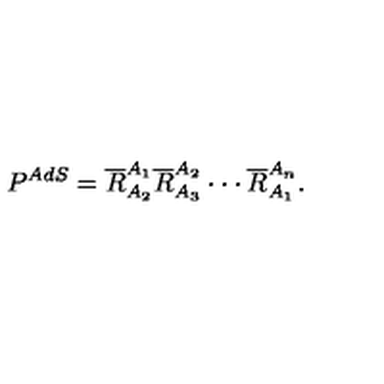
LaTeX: P ^ { A d S } = \overline { { R } } _ { A _ { 2 } } ^ { A _ { 1 } } \overline { { R } } _ { A _ { 3 } } ^ { A _ { 2 } } \cdot \cdot \cdot \overline { { R } } _ { A _ { 1 } } ^ { A _ { n } } .